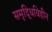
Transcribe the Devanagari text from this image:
समृद्धिविहीन